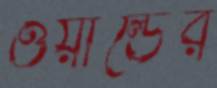
ওয়ার্ল্ডের